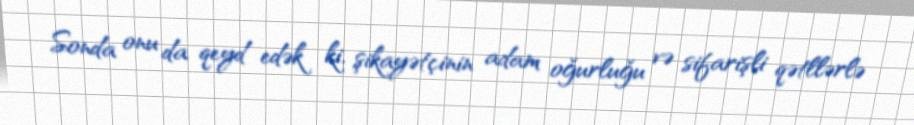
Sonda onu da qeyd edək ki, şikayətçinin adam oğurluğu və sifarişli qətllərlə